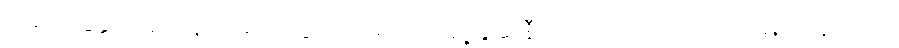
ကမ်းခြေနှင့် အတန်လှမ်းရာတွင် လမုပင်အချို့ ခွဆုံနီးပါးရောက်အောင် ရေမြုပ်နေသည်။